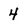
Character: 4